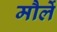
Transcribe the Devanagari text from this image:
मौर्ले